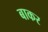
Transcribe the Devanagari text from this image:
बाकर